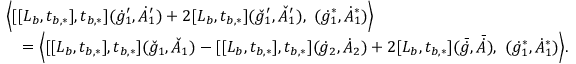
\begin{array} { r l } & { \Big \langle [ [ L _ { b } , t _ { b , * } ] , t _ { b , * } ] ( \dot { g } _ { 1 } ^ { \prime } , \dot { A } _ { 1 } ^ { \prime } ) + 2 [ L _ { b } , t _ { b , * } ] ( \check { g } _ { 1 } ^ { \prime } , \check { A } _ { 1 } ^ { \prime } ) , \ ( \dot { g } _ { 1 } ^ { * } , \dot { A } _ { 1 } ^ { * } ) \Big \rangle } \\ & { \quad = \Big \langle [ [ L _ { b } , t _ { b , * } ] , t _ { b , * } ] ( \check { g } _ { 1 } , \check { A } _ { 1 } ) - [ [ L _ { b } , t _ { b , * } ] , t _ { b , * } ] ( \dot { g } _ { 2 } , \dot { A } _ { 2 } ) + 2 [ L _ { b } , t _ { b , * } ] ( \bar { \dot { g } } , \bar { \dot { A } } ) , \ ( \dot { g } _ { 1 } ^ { * } , \dot { A } _ { 1 } ^ { * } ) \Big \rangle . } \end{array}